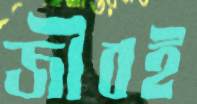
জীবই